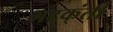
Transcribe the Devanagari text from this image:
भटक्ंती